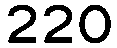
220